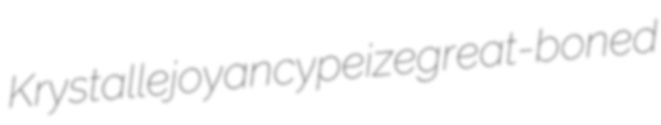
Krystalle joyancy peize great-boned